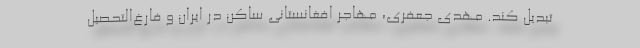
تبدیل کند. مهدی جعفری، مهاجر افغانستانی ساکن در ایران و فارغ‌التحصیل